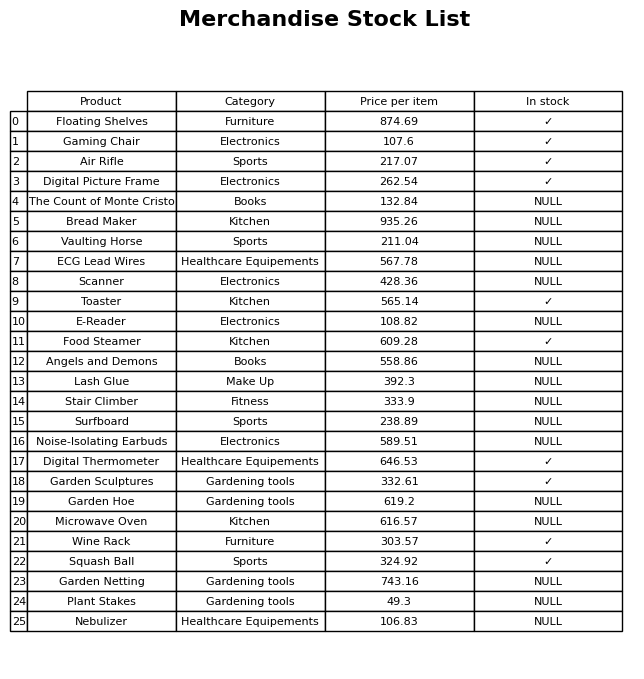
question: What is the price for Plant Stakes?
answer: The price of Plant Stakes is 49.3.